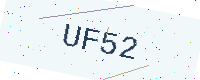
Text: UF52